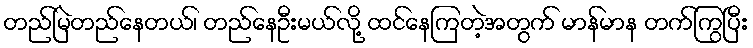
တည်မြဲတည်နေတယ်၊ တည်နေဦးမယ်လို့ ထင်နေကြတဲ့အတွက် မာန်မာန တက်ကြွပြီး